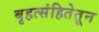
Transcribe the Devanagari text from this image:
बृहत्संहितेतून